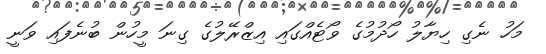
މަހު ނެގި ހިޔާލު ހޯދުމުގެ ވޯޓެއްގައި އިޒްރޭލުގެ ގިނަ މީހުން ބުނެފައި ވަނީ